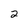
Character: 2